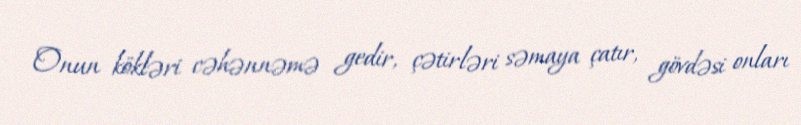
Onun kökləri cəhənnəmə gedir, çətirləri səmaya çatır, gövdəsi onları